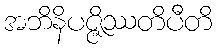
အဘိနိပဇ္ဇိဿတိပီတိ